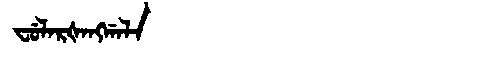
Manchu: ᠸᡠᠯᠠᡵᡧᠠᠩᡤᠠᠯᠠ
Romanization: FULARŠANGGALA